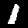
Label: 1